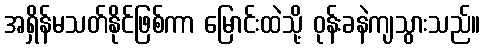
အရှိန်မသတ်နိုင်ဖြစ်ကာ မြောင်းထဲသို့ ဝုန်းခနဲကျသွားသည်။